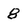
Character: 8